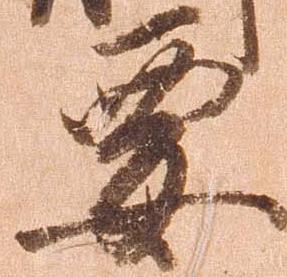
要